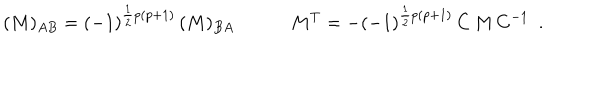
LaTeX: ( M ) _ { A B } = ( - 1 ) ^ { \frac { 1 } { 2 } p ( p + 1 ) } \, ( M ) _ { B A } \qquad \quad M ^ { T } = - ( - 1 ) ^ { \frac { 1 } { 2 } p ( p + 1 ) } \, C \, M \, C ^ { - 1 } \ \ .